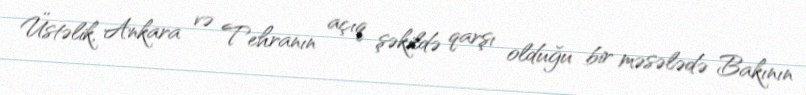
Üstəlik, Ankara və Tehranın açıq şəkildə qarşı olduğu bir məsələdə Bakının